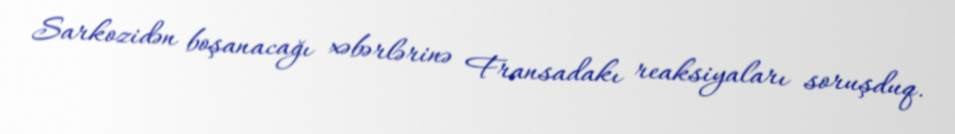
Sarkozidən boşanacağı xəbərlərinə Fransadakı reaksiyaları soruşduq.